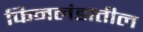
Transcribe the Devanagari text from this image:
फिनलंडातील